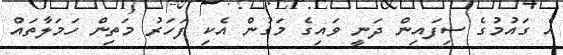
އެ ގައުމުގެ ސިފައިން ދަނީ ވައިގެ މަގުން އެކި ފަހަރު މަތިން ހަމަލާތައް